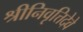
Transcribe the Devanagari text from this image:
श्रीनिवृत्तिदेवे